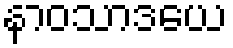
နာဝသာဒယေ